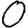
Digit: 0